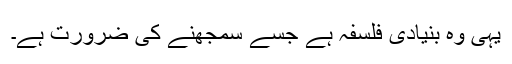
یہی وہ بنیادی فلسفہ ہے جسے سمجھنے کی ضرورت ہے۔